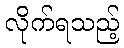
လိုက်ရသည့်